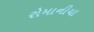
રોમાનીયા